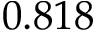
0 . 8 1 8